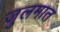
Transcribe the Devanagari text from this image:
जुलमात